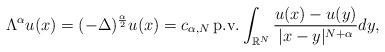
LaTeX: \begin{align*} {\Lambda}^\alpha u(x)=( - \Delta)^{\frac{\alpha}{2}} u (x) = c_{\alpha,N}\, \mathrm{p.v.} \int_{\mathbb{R}^N} \frac{u(x)-u(y)}{|x-y|^{N+\alpha}} dy,\end{align*}